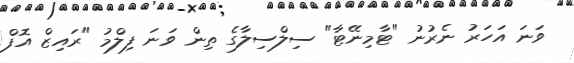
ވަނަ އަހަރު ނެރުނު "ޓާމިނޭޓާ" ސިލްސިލާގެ ތިން ވަނަ ފިލްމު "ރައިޒް އޮފް